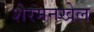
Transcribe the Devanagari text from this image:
शेरमनखेल